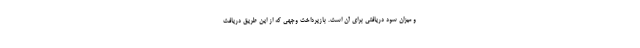
و میزان سود دریافتی برای آن است. بازپرداخت وجهی که از این طریق دریافت